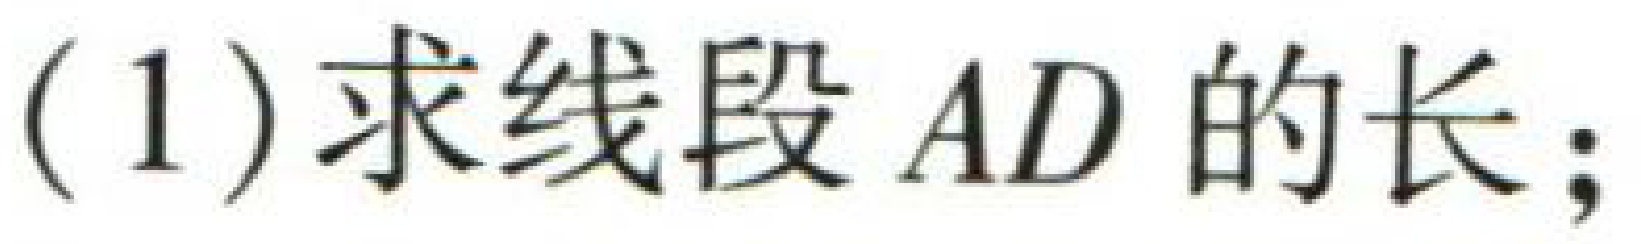
$+\sqrt{\tg\frac{\beta}{2}\tg\frac{\gamma}{2}+5}\leqslant 4\sqrt{3}$